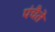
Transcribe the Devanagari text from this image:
पंचैते